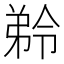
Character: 𭚾